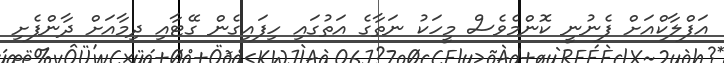
އަފްލާކްއަށް ފެނުނީ ކޮންމެވެސް މީހަކު ނަތާގެ އަތުގައި ހިފައިގެން ގޭޓާއި ދިމާއަށް ދާންފެށި